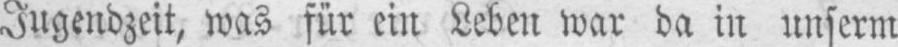
Jugendzeit, was für ein Leben war da in unserm